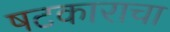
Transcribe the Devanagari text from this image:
षटकाराचा